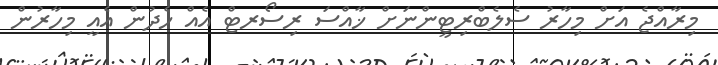
މިރާއްޖެ އަށް މިހާރު ސެލެބްރިޓީންނަށް ޚާއްސަ ރިސޯރޓް އެއް ހެދުން އެއީ މިހާރުން